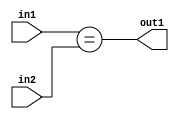
`timescale 1ps / 1ps
/*****************************************************************************
    Verilog RTL Description
    
    
    Created by: Stratus DpOpt 2019.1.01 
*******************************************************************************/

module pw_feature_addr_gen_Equal_16Ux1U_1U_4_0 (
	in2,
	in1,
	out1
	); /* architecture "behavioural" */ 
input [15:0] in2;
input  in1;
output  out1;
wire  asc001;

assign asc001 = (in1==in2);

assign out1 = asc001;
endmodule

/* CADENCE  ubDxSw8= : u9/ySgnWtBlWxVPRXgAZ4Og= ** DO NOT EDIT THIS LINE ******/